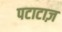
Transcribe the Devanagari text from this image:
पटाटाज़